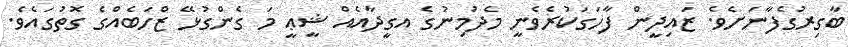
ބާގިރުގެފާނަށެވެ. ޒައިދީން ފާހަގަކުރެވެނީ މެދުމިނުގެ އގީދާއެއް ޝީޢީ މަ ގެންގުޅޭ ޒްހަބެއްގެ ގޮތުގައެވެ.